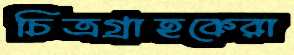
চিত্রগ্রাহকেরা